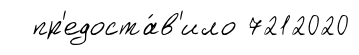
пр'едоста́в'ило 7212020